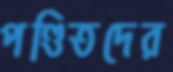
পণ্ডিতদের